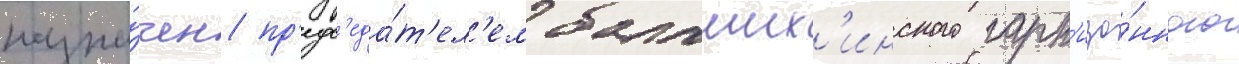
назна́чен пр'едс'еда́т'ел'ем балаших'инского гарн'изо́нного